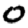
Digit: 0